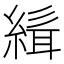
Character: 𮈭